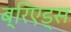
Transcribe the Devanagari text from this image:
ब्रिएड्स